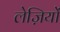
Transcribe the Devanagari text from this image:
लेज़ियों